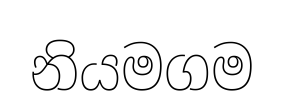
නියමගම